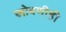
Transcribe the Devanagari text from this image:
खोबणीही